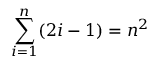
\sum _ { i = 1 } ^ { n } ( 2 i - 1 ) = n ^ { 2 } \qquad